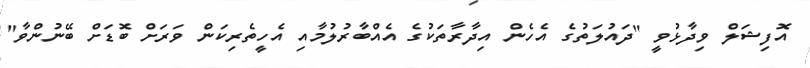
އޮފިޝަލް ވިދާޅުވީ "ދައުލަތުގެ އެހެން އިދާރާތަކުގެ އެއްބާރުލުމާއި އެހީތެރިކަން ވަރަށް ބޮޑަށް ބޭނުންވާ"